Report on sanitation, dispensaries, and jails in Rajputana for 1917, and on vaccination for the year 1917-1918 - 1917-1918
Year: 1917
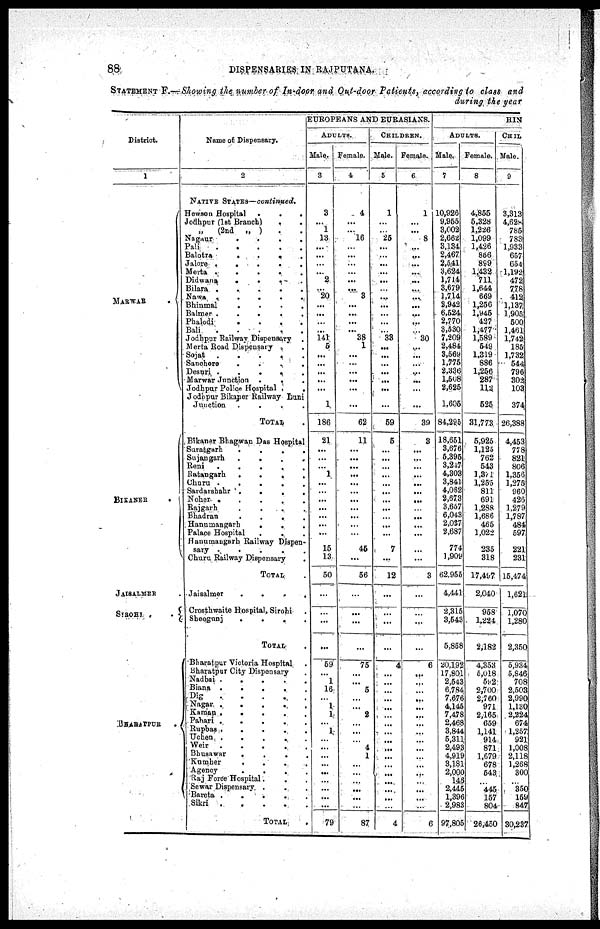
88
DISPENSARIES IN RAJPUTANA.
STATEMENT F —Showing the number of In-door and Out-door Patients, according to class and
during the year
District.
1
MARWAR
.
BIKANER
.
JAISALMER .
SIROHI
.
.
BHARATPUR
.
Name of Dispensary.
2
NATIVE STATES—continued.
Hewson Hospital
.
.
.
Jodhpur (1st Branch) ..
„
(2nd „ ) ..
Nagaur
.
.
.
.
Pali
.....
Balotra
.
.
.
.
Jalore .....
Merta .....
Didwana
.
.
.
.
Bilara
.
.
.
.
.
Nawa
.
.
.
.
.
Bhinmal ....
Balmer .....
Phalodi
.
.
.
.
Bali
.
.
.
.
.
Jodhpur Railway Dispensary .
Merta Road Dispensary .
Sojat
.....
Sanchore ....
Desuri .....
Marwar Junction ...
Jodhpur Police Hospital
. .
Jodhpur Bikaner Railway Luni
Junction
.
.
.
.
TOTAL .
Bikaner Bhagwan Das Hospital
Suratgarh
.
.
.
.
Sujangarh
.
.
.
.
Reni .....
Ratangarh ....
Churu .....
Sardarshahr ....
Noher
.
.
.
.
Rajgarh
.
.
.
.
Bhadran ....
Hanumangarh
.
.
.
Palace Hospital
...
Hanumangarh Railway Dispen-
sary
.
.
.
.
.
Churu Railway Dispensary
.
TOTAL
Jaisalmer
.
.
.
.
Crosthwaite Hospital, Sirohi .
Sheogunj
.
.
.
.
TOTAL .
Bharatpur Victoria Hospital .
Bharatpur City Dispensary
Nadbai
.
.
.
.
.
Biana
.....
Dig
.....
Nagar
.....
Kaman
.
.
.
.
.
Pahari
.
.
.
.
.
Rupbas
.
.
.
.
.
Uchen .....
Weir
.....
Bhusawar
.
.
.
.
Kumber
.
.
.
.
Agency
.
.
.
.
Raj Force Hospital...
Sewar Dispensary ....
Bareta
.....
Sikri
.....
TOTAL .
EUROPEANS AND EURASIANS.
ADULTS.
Male.
3
3
...
1
13
...
...
...
...
2
...
20
...
...
...
...
141
5
...
...
...
...
...
1
186
21
...
...
...
1
...
...
...
...
...
...
...
15
13
50
...
...
...
...
59
...
1
16
...
1
1
...
1
...
...
...
...
...
...
...
...
...
79
Female.
4
4
...
...
16
...
...
...
...
...
...
3
...
...
...
...
38
1
...
...
...
...
...
...
62
11
...
...
...
...
...
...
...
...
...
...
...
45
...
56
...
...
...
...
75
...
...
5
...
...
2
...
...
...
4
1
...
...
...
...
...
...
87
CHILDREN.
Male.
5
1
...
...
25
...
...
...
...
...
...
...
...
...
...
...
33
...
...
...
...
...
...
...
59
5
...
...
...
...
...
...
...
...
...
...
...
7
...
12
...
...
...
...
4
...
...
...
...
...
...
...
...
...
...
...
...
...
...
...
...
...
4
Female.
6
1
...
...
8
...
...
...
...
...
...
...
...
...
...
...
30
...
...
...
...
...
...
...
39
3
...
...
...
...
...
...
...
...
...
...
...
...
...
3
...
...
...
...
6
...
...
...
...
...
...
...
...
...
...
...
...
...
...
...
...
...
6
HIM
ADULTS.
Male.
7
10,926
9,955
3,002
2,662
3,134
2,467
2,541
3,624
1,714
3,679
1,714
2,942
6,524
2,770
3,530
7,209
2,484
3,569
1,775
2,336
1,508
2,625
1,605
84,295
18,651
3,676
5,395
3,247
4,303
3,841
4,062
2,673
3,657
6,043
2,037
2,687
774
1,909
62,955
4,441
2,315
3,543
5,858
20,192
17,801
2,543
6,784
7,676
4,145
7,478
2,468
3,844
5,311
2,493
4,019
3,181
2,000
148
2,445
1,396
2,983
97,805
Female.
8
4,855
5,328
1,226
1,099
1,426
856
899
1,432
711
1,644
669
1,256
1,945
427
1,477
1,589
549
1,319
886
1,256
287
112
525
31,773
5,925
1,125
762
543
1,371
1,255
811
691
1,288
1,686
465
1,022
235
318
17,497
2,040
958
1,224
2,182
4,353
5,018
592
2,700
2,760
971
2,165
659
1,141
914
871
1,679
678
543
...
445
157
804
26,450
CHIL
Male.
9
3,313
4,628
785
783
1,933
657
654
1,192
472
778
412
1,137
1,905
500
1,461
1,742
185
1,732
544
796
302
103
374
26,388
4,453
778
821
806
1,356
1,275
960
426
1,279
1,787
484
597
221
231
15,474
1,621
1,070
1,280
2,350
5,934
5,846
708
2,503
2,990
1,130
2,224
674
1,257
921
1,008
2,118
1,268
300
...
350
159
847
30,237